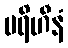
ပရိဟီနံ